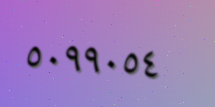
٥٠٩٩٠٥٤